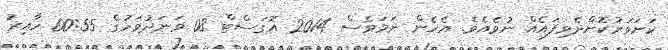
ކަށަވަރުކޮށްދެވިފައެއް ނުވެއެވެ. އެހެން ނަމަވެސް 2014 އޮގަސްޓް 08 ވަނަދުވަހުގެ 00:55 ހާއިރު